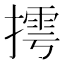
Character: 摴